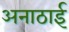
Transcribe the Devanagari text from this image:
अनाठाई